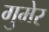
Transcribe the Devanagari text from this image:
गुमेर